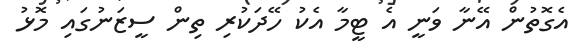
އެގޮތުން އޭނާ ވަނީ އެ ޓީމާ އެކު ހޭދަކުރި ތިން ސީޒަނުގައި މޮޅު